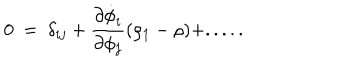
LaTeX: 0 ~ = ~ \delta _ { i j } + { \frac { \partial \dot { \phi } _ { i } } { \partial \phi _ { j } } } ( \rho _ { 1 } - \rho ) + . . . . .